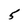
Character: 5